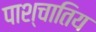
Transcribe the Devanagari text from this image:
पाश्चातिय